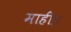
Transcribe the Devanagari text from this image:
माहीं।।